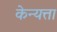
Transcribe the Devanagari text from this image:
केन्यत्ता